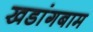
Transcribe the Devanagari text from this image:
खडांगबाम